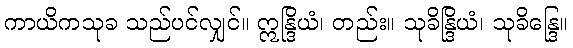
ကာယိကသုခ သည်ပင်လျှင်။ ဣန္ဒြိယံ၊ တည်း။ သုခိန္ဒြိယံ၊ သုခိန္ဒြေ။